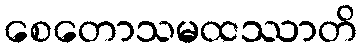
စေတောသမထဿာတိ